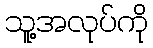
သူ့အလုပ်ကို